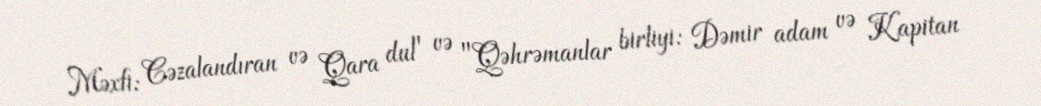
Məxfi: Cəzalandıran və Qara dul" və "Qəhrəmanlar birliyi: Dəmir adam və Kapitan